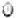
0